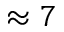
\approx 7